Vabadussoja_Ajaloo_Komitee, lk 60
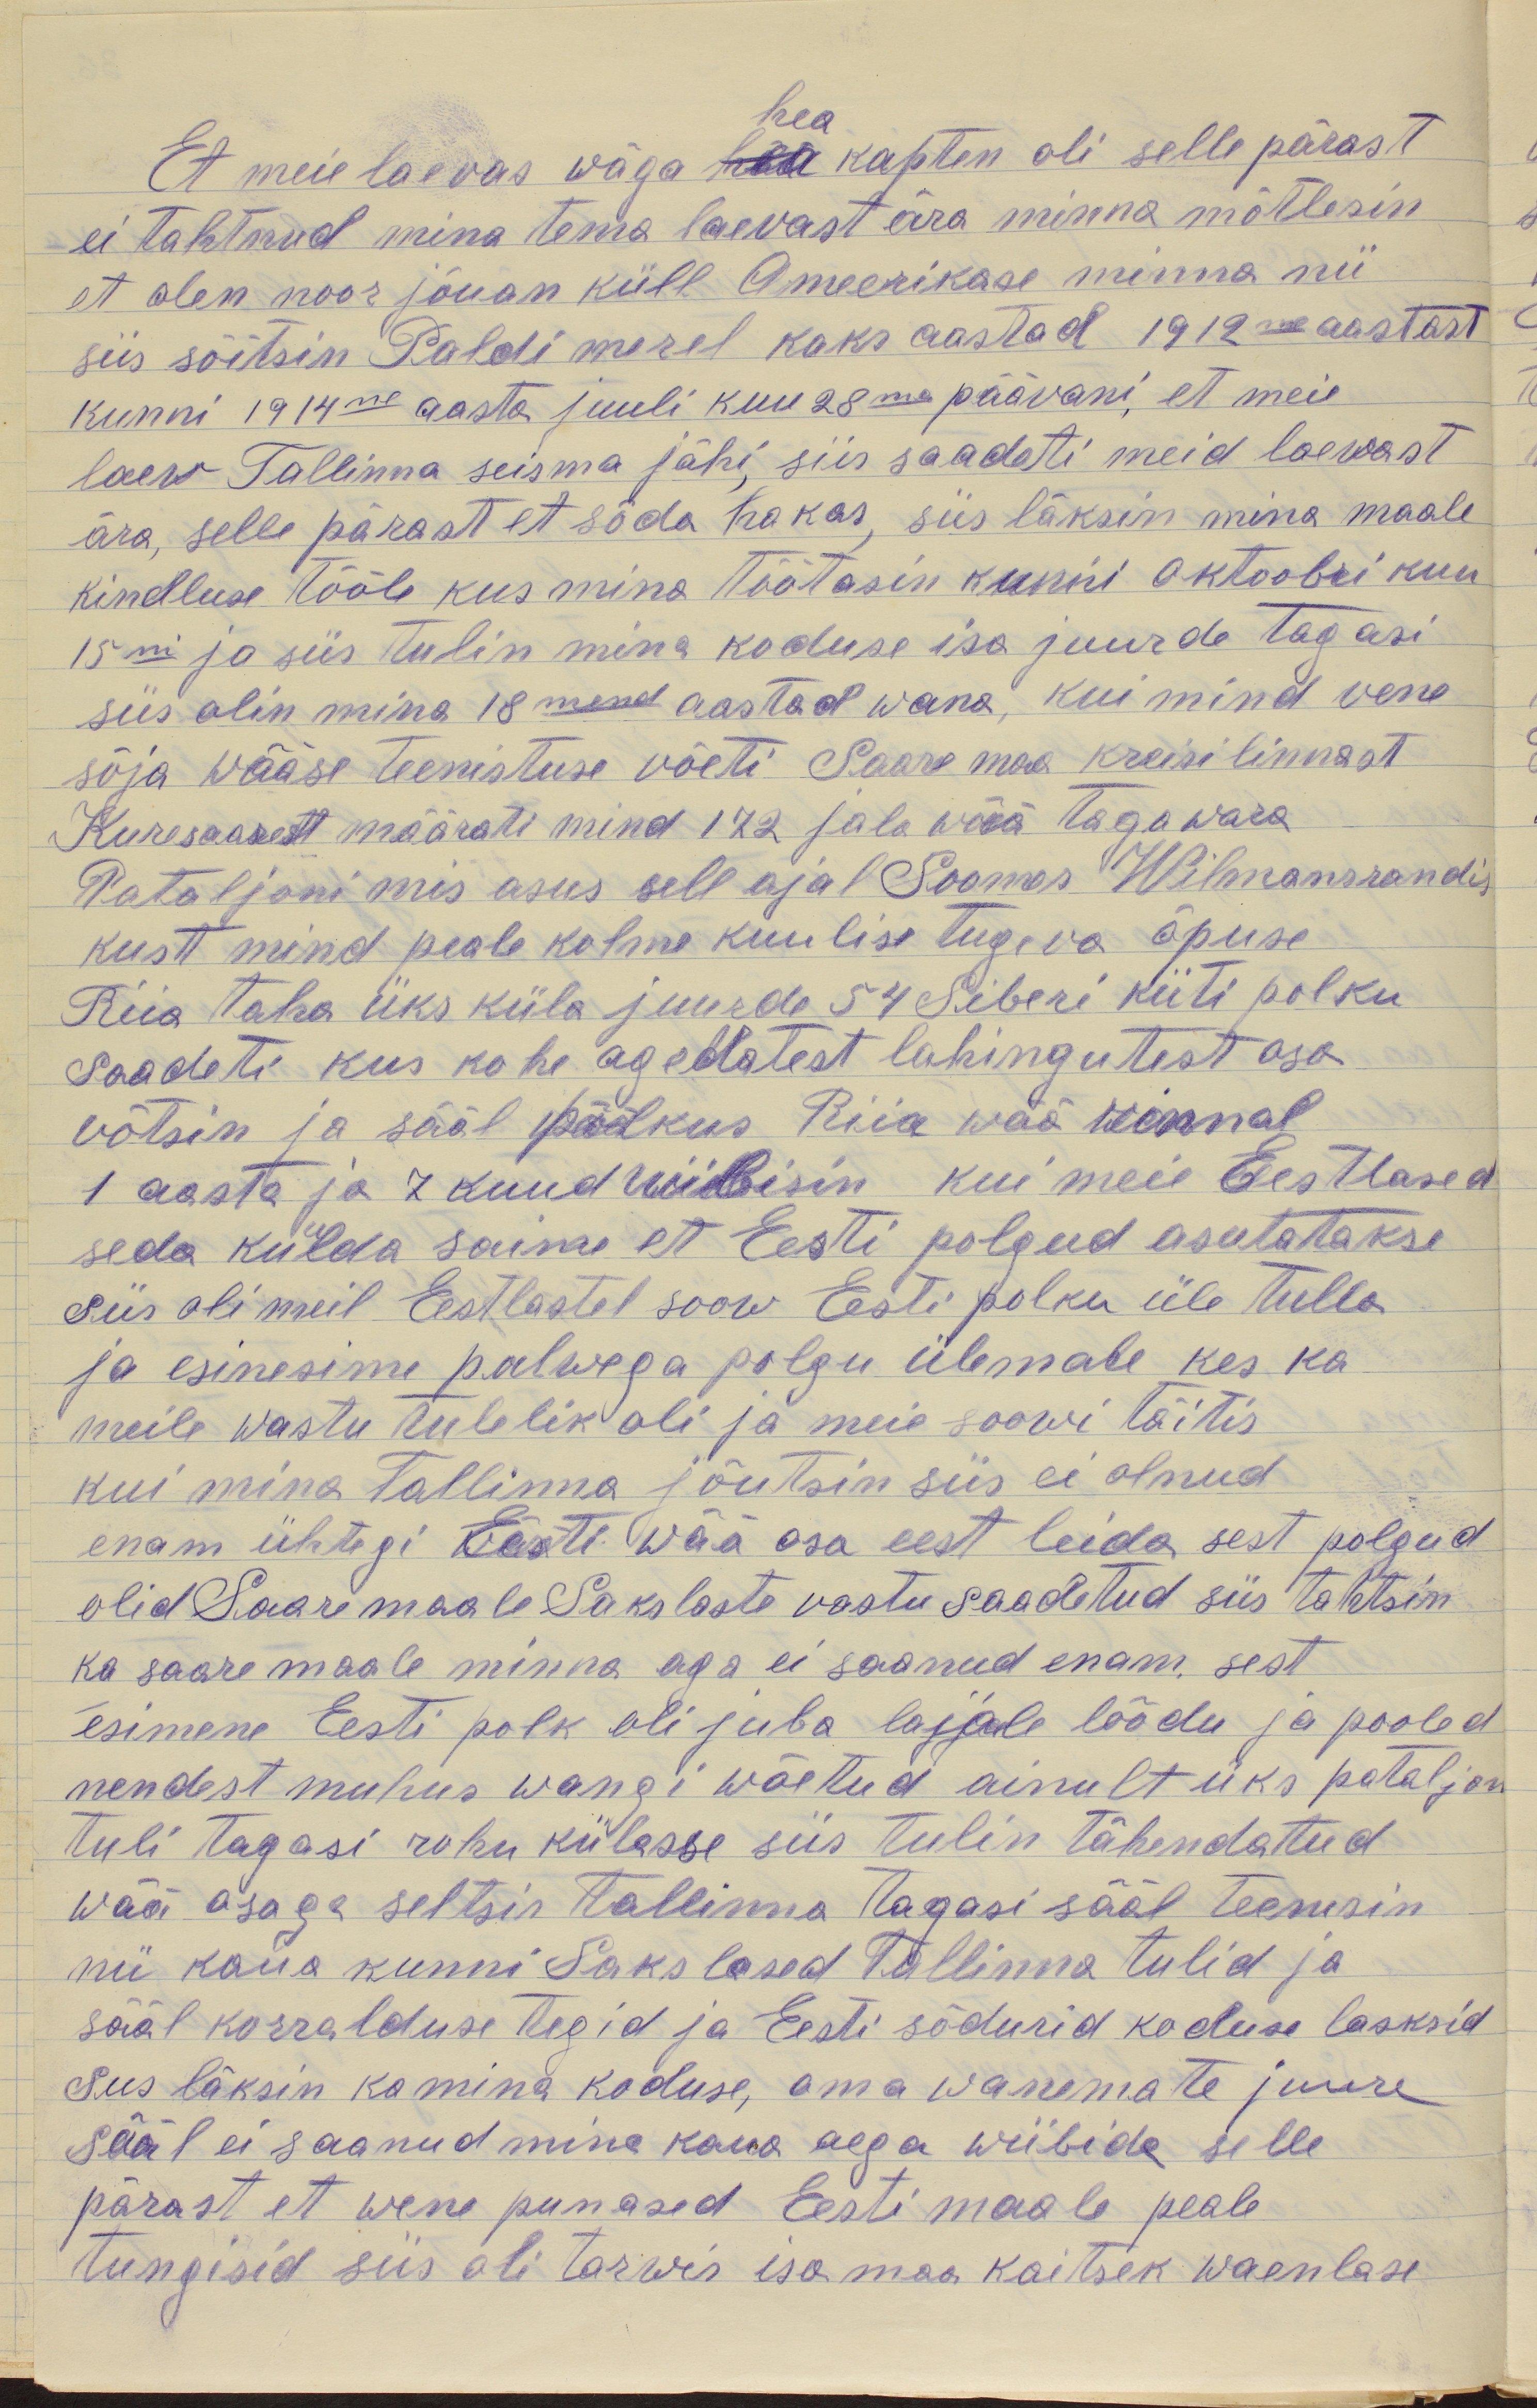
hea
Et meie laevas väga hea kapten oli selle pärast
ei tahtnud mina tema laevast ära minna mõtlesin
et olen noor jõuan küll Ameerikase minna nii
siis sõitsin Paldi merel kaks aastad 1912 ma aastast
kunni 1914 ne aasta juuli kuu 28 ma päävani, et meie
laew Tallinna seisma jähi, siis saadeti meid laewast
ära, selle pärast et sõda hakas, siis läksin mina maale
kindluse tööle kus mina töötasin kunni oktoobri kuu
15 ni ja siis tulin mina koduse isa juurde tagasi
siis olin mina 18 mend aastad wana, kui mind vene
sõja wääse teenistuse võeti Saare maa kreisi linnast
Kuresaarest määrati mind 172 jala wää tagawara
Pataljoni mis asus sell ajal Soomes Wilmansrandis
kust mind peale kolme kuulise tugeva õpuse
Riia taha üks küla juurde 54 Siberi küti polku
saadeti kus kohe agedatest lahingutest osa
võtsin ja sääl polkus Riia wää rinnal
1 aasta ja 7 kuud wiibisin kui meie Eestlased
seda kuulda saime et Eesti polgud asutatakse
siis oli meil Eestlastel soow Eesti polku üle tulla
ja esinesime palwega polgu ülemale kes ka
meile wastu tulelik oli ja meie soowi täitis
kui mina Tallinna jõutsin siis ei olnud
enam ühtegi Eesti wää osa eest leida, sest polgud
olid Saaremaale Sakslaste vastu saadetud siis tahtsin
ka saaremaale minna aga ei saanud enam, sest
esimene Eesti polk oli juba lajjale lõõdu ja pooled
nendest muhus wangi wõetud ainult üks pataljon
tuli tagasi rohu külasse siis tulin tähendatud
wää osaga seltsis Tallinna tagasi sääl teenisin
nii kaua kunni Sakslased Tallinna tulid ja
sääl korralduse tegid ja Eesti sõdurid koduse lasksid
siis läksin ka mina koduse, oma wanemate juure
sääl ei saanud mina kaua aega wiibida selle
pärast et wene punased Eesti maale peale
tungisid siis oli tarwis isa maa kaitsek waenlase